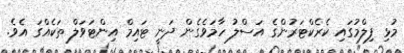
މުޅި ފިލްމުގައި ކެރެކްޓަރުންގެ އަސްލު ހާމަވެގެން ދަނީ ޓައިމް އިންޓަވަލް ތަކެއްގަ އެވެ.